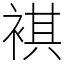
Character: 褀